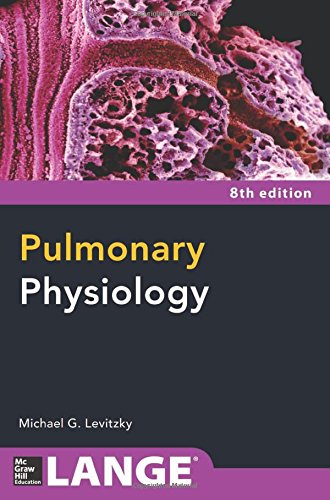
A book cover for Pulmonary Physiology 8/E (Lange Physiology Series); Michael Levitzky; Medical Books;